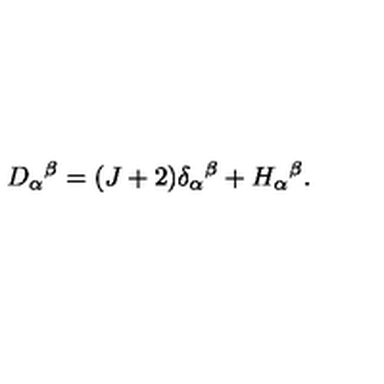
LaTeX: D _ { \alpha } { } ^ { \beta } = ( J + 2 ) \delta _ { \alpha } { } ^ { \beta } + H _ { \alpha } { } ^ { \beta } .